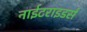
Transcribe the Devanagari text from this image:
नाईटराइडर्स